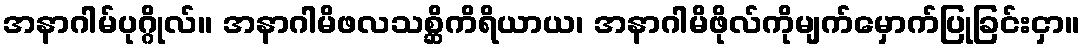
အနာဂါမ်ပုဂ္ဂိုလ်။ အနာဂါမိဖလသစ္ဆိကိရိယာယ၊ အနာဂါမိဖိုလ်ကိုမျက်မှောက်ပြုခြင်းငှာ။